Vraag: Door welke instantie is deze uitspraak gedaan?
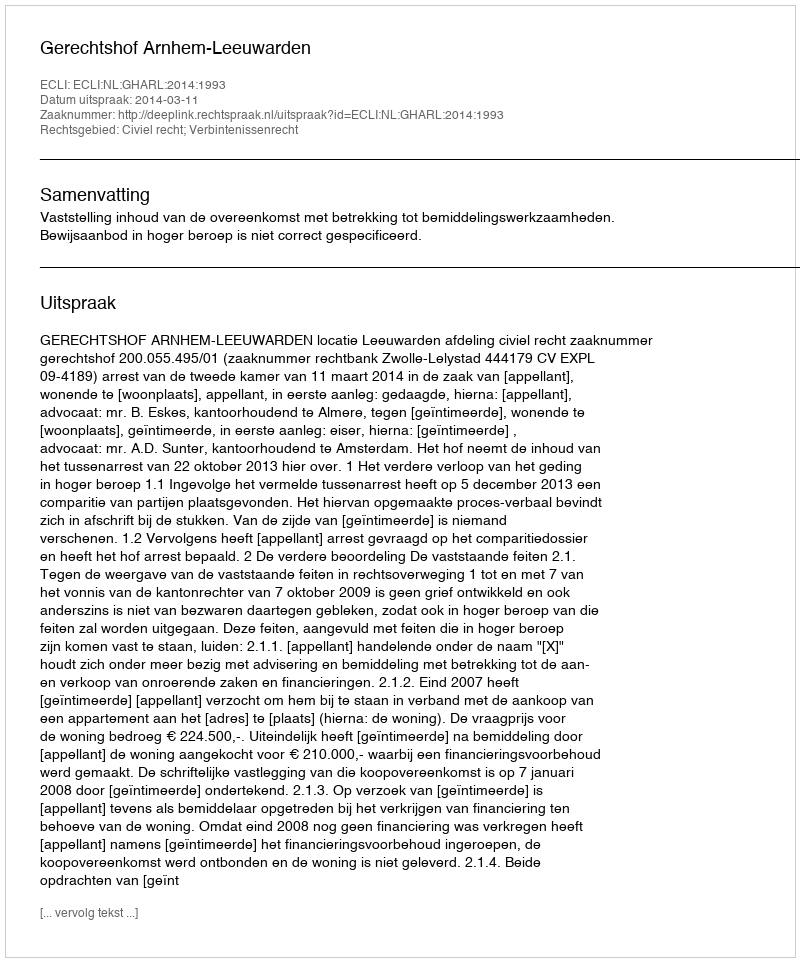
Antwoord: Gerechtshof Arnhem-Leeuwarden